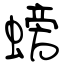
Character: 螃